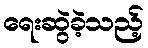
ရေးဆွဲခဲ့သည့်